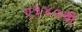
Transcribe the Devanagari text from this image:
ए३४०ची